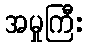
အမှုကြီး